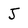
Character: j